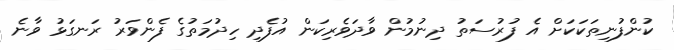
ކުންފުނިތަކަކަށް އެ ފުރުސަތު ދިނުމުން ވާދަވެރިކަން އުފެދި ހިދުމަތުގެ ފެންވަރު ރަނގަޅު ވާނެ